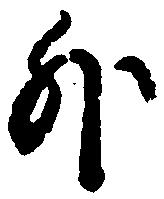
外